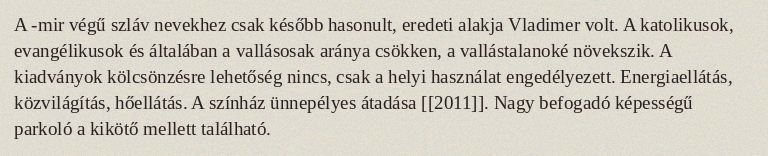
A -mir végű szláv nevekhez csak később hasonult, eredeti alakja Vladimer volt. A katolikusok, evangélikusok és általában a vallásosak aránya csökken, a vallástalanoké növekszik. A kiadványok kölcsönzésre lehetőség nincs, csak a helyi használat engedélyezett. Energiaellátás, közvilágítás, hőellátás. A színház ünnepélyes átadása [[2011]]. Nagy befogadó képességű parkoló a kikötő mellett található.